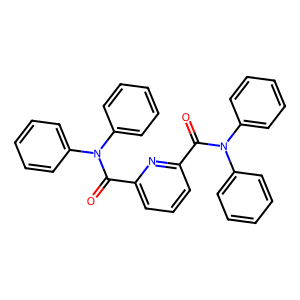
SMILES: O=C(c1cccc(C(=O)N(c2ccccc2)c2ccccc2)n1)N(c1ccccc1)c1ccccc1
Inhibits HIV replication: No